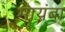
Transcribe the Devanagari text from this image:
मायंबा